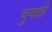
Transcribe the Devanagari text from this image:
युवाहै